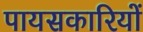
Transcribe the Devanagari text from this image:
पायसकारियों